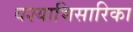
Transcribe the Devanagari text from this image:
वश्याभिसारिका